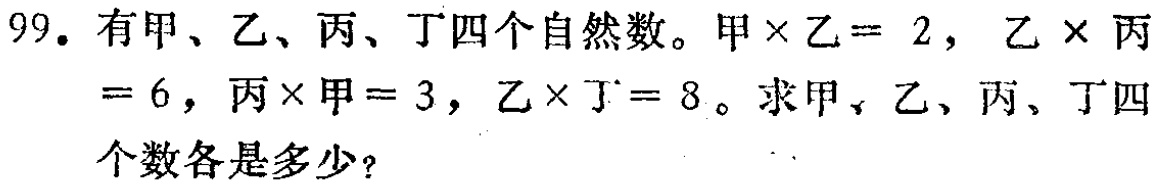
99. 有甲、乙、丙、丁四个自然数。甲×乙 = 2，乙×丙 = 6，丙×甲 = 3，乙×丁 = 8。求甲、乙、丙、丁四个数各是多少？